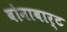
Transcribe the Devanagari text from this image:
बोनाबार्ट